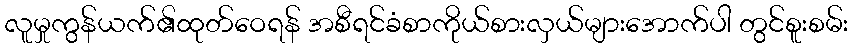
လူမှုကွန်ယက်၏ထုတ်ဝေရန် အစီရင်ခံစာကိုယ်စားလှယ်များအောက်ပါ တွင်စူးစမ်း